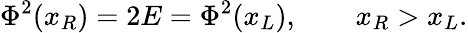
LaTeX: \Phi^{2}(x_{R})=2E=\Phi^{2}(x_{L}),\qquad x_{R}>x_{L}.